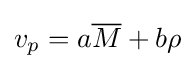
v_{p}=a{\overline {M}}+b\rho